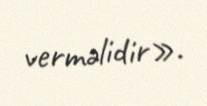
verməlidir».